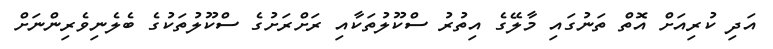
އަދި ކުރިއަށް އޮތް ތަނުގައި މާލޭގެ އިތުރު ސްކޫލުތަކާއި ރަށްރަށުގެ ސްކޫލުތަކުގެ ބެލެނިވެރިންނަށް